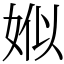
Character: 娰